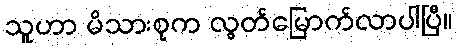
သူဟာ မိသားစုက လွတ်မြောက်လာပါပြီ။